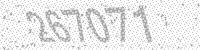
Solution: 267071